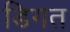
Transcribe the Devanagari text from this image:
डिगत